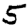
Digit: 5